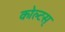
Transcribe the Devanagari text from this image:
कोल्टस्